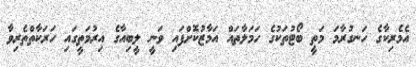
އެމެރިކާގެ ހަނގުރާމަ މަތީ ބޯޓުތަކުގެ ހަމަލާތައް އަމާޒުކޮށްފައި ވަނީ ލީބިއާގެ އިރުމަތީގައި ހަރަކާތްތެރިވާ